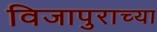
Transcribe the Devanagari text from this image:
विजापुराच्या